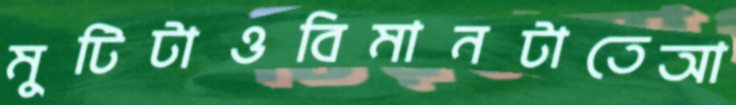
মুটিটাওবিমানটাতেআ